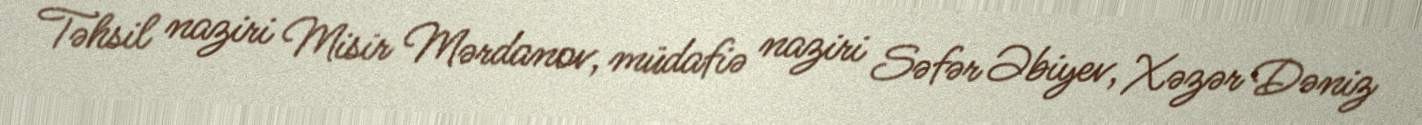
Təhsil naziri Misir Mərdanov, müdafiə naziri Səfər Əbiyev, Xəzər Dəniz